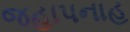
જહાપનાહ